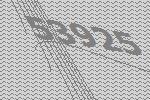
53925